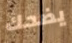
يضحك